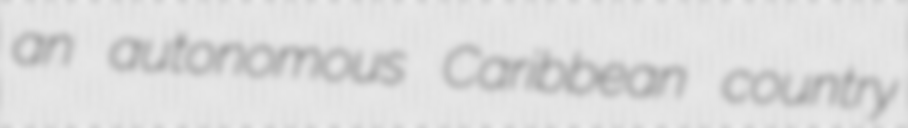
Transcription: an autonomous Caribbean country